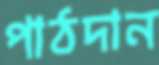
পাঠদান